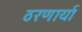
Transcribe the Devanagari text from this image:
ठरणार्या